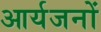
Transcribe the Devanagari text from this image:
आर्यजनों